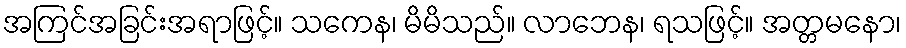
အကြင်အခြင်းအရာဖြင့်။ သကေန၊ မိမိသည်။ လာဘေန၊ ရသဖြင့်။ အတ္တမနော၊